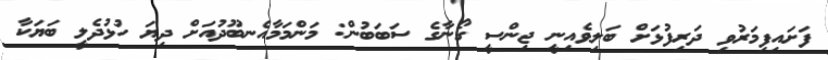
ފަށައިފިމަރުވި ދަރިފުޅަށް ބަލިވެއިނީ ޖިންސީ ގޯނާގެ ސަބަބުން: މަންމަމާއެނބޫދުއަށް ދިޔަ ހުޅުދެލީ ބަޔަކާ